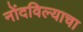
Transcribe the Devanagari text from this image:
नोंदविल्याचा